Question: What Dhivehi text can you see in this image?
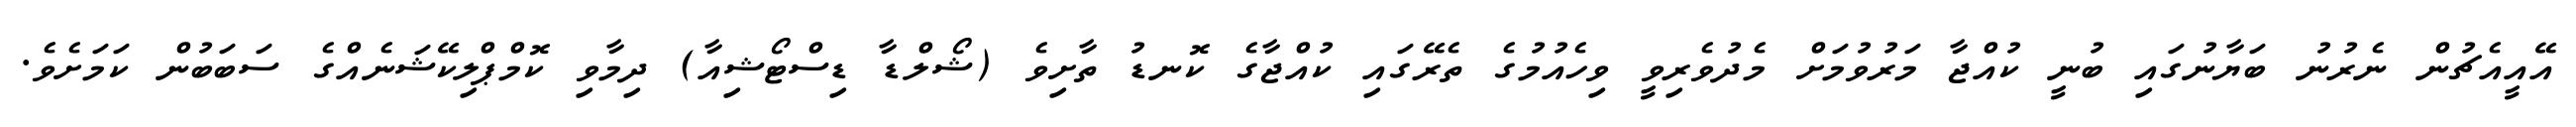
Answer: އޭއީއެޗުން ނެރުނު ބަޔާނުގައި ބުނީ ކުއްޖާ މަރުވުމަށް މެދުވެރިވީ ވިހެއުމުގެ ތެރޭގައި ކުއްޖާގެ ކޮނޑު ތާށިވެ (ޝޯލްޑާ ޑިސްޓޯޝިއާ) ދިމާވި ކޮމްޕްލިކޭޝަނެއްގެ ސަބަބުން ކަމަށެވެ.